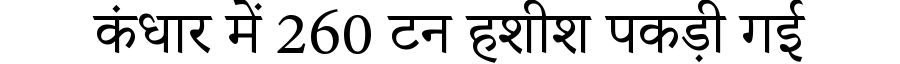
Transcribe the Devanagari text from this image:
कंधार में 260 टन हशीश पकड़ी गई